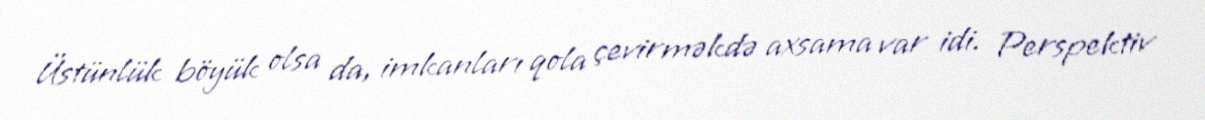
Üstünlük böyük olsa da, imkanları qola çevirməkdə axsama var idi. Perspektiv